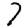
Digit: 7